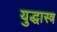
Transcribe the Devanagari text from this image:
युद्धास्त्र